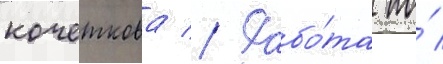
кочеткова // Рабо́та по́